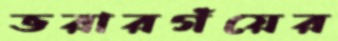
ভরারগঁয়ের